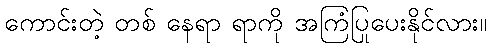
ကောင်းတဲ့ တစ် နေရာ ရာကို အကြံပြုပေးနိုင်လား။